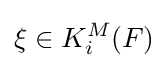
\xi \in K_{i}^{M}(F)